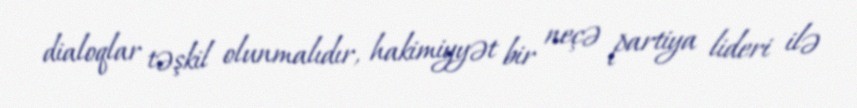
dialoqlar təşkil olunmalıdır, hakimiyyət bir neçə partiya lideri ilə